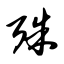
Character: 殊